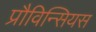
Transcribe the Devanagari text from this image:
प्रौविन्सियस